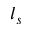
l _ { s }